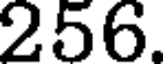
256.